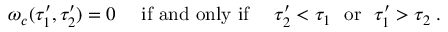
\omega _ { c } ( \tau _ { 1 } ^ { \prime } , \tau _ { 2 } ^ { \prime } ) = 0 ~ ~ ~ ~ \mathrm { i f ~ a n d ~ o n l y ~ i f } ~ ~ ~ ~ \tau _ { 2 } ^ { \prime } < \tau _ { 1 } ~ ~ \mathrm { o r } ~ ~ \tau _ { 1 } ^ { \prime } > \tau _ { 2 } \; .